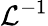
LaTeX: \displaystyle{\mathcal{L}}^{-1}